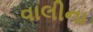
વાલીના